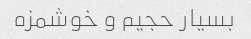
بسیار حجیم و خوشمزه